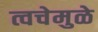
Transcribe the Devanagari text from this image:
त्वचेमुळे